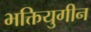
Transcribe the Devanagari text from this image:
भक्तियुगीन